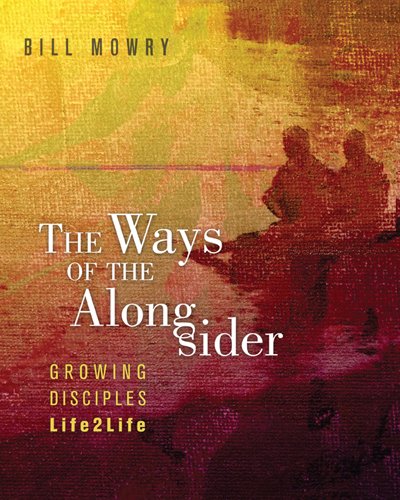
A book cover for The Ways of the Alongsider: Growing Disciples Life2Life; Bill Mowry; Christian Books & Bibles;